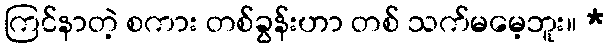
ကြင်နာတဲ့ စကား တစ်ခွန်းဟာ တစ် သက်မမေ့ဘူး။ *